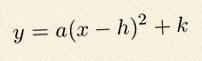
y=a(x-h)^2+k